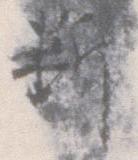
断